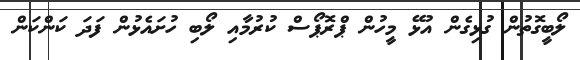
ލޯބީގޮތުން ގުޅިގެން އުޅޭ މީހުން ޕްރޮޕޯސް ކުރުމާއި ލޯބި ހުށައެޅުން ފަދަ ކަންކަން